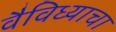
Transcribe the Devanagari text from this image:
वैविध्याचा